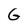
Character: G